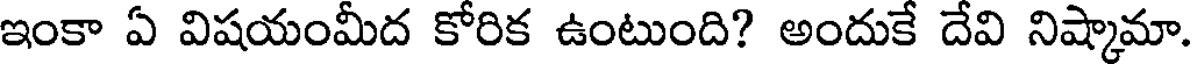
ఇంకా ఏ విషయంమీద కోరిక ఉంటుంది? అందుకే దేవి నిష్కామా